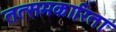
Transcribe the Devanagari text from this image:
तत्समकारिता